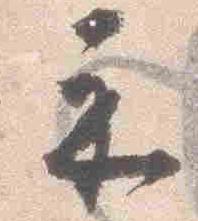
示